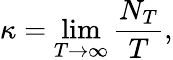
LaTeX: \kappa=\operatorname*{lim}_{T\to\infty}\frac{N_{T}}{T},